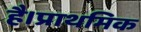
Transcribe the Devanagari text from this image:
है।प्राथमिक